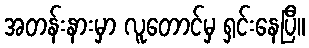
အတန်းနားမှာ လူတောင်မှ ရှင်းနေပြီ။